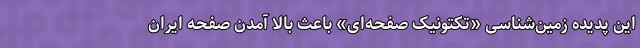
این پدیده زمین‌شناسی «تکتونیک صفحه‌ای» باعث بالا آمدن صفحه ایران